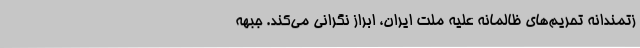
زتمندانهٔ تحریم‌های ظالمانه علیه ملت ایران، ابراز نگرانی می‌کند. جبهه